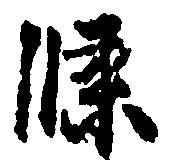
条